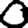
Digit: 0